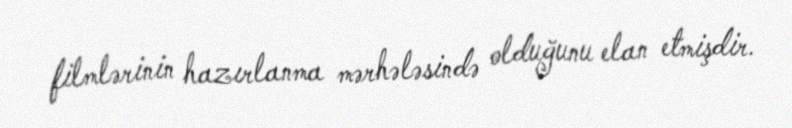
filmlərinin hazırlanma mərhələsində olduğunu elan etmişdir.